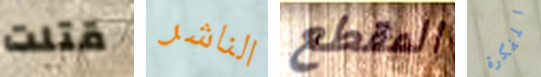
قتلت الناشر المقطع المفكرة